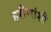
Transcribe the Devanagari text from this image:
हरीणांशी